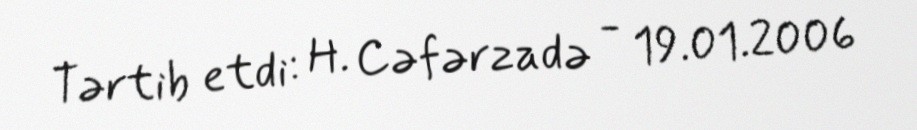
Tərtib etdi: H. Cəfərzadə - 19.01.2006